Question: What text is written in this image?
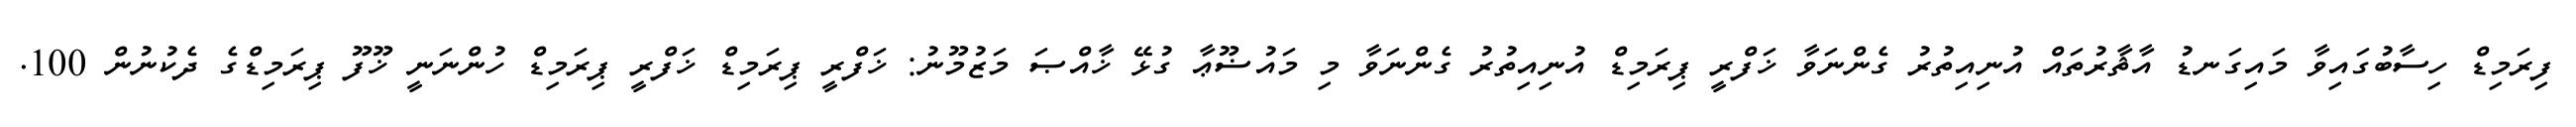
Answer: ފިރަމިޑް ހިސާބުގައިވާ މައިގަނޑު އާޘާރުތައް އުނިއިތުރު ގެންނަވާ ޚަފްރީ ޕިރަމިޑް އުނިއިތުރު ގެންނަވާ މި މައުޟޫޢާ ގުޅޭ ޚާއްޞަ މަޒުމޫނު: ޚަފްރީ ޕިރަމިޑް ޚަފްރީ ޕިރަމިޑް ހުންނަނީ ޚޫފޫ ޕިރަމިޑްގެ ދެކުނުން 100.